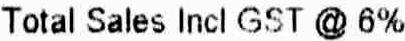
TOTAL SALES INCL GST @ 6%